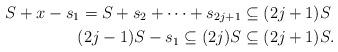
LaTeX: \begin{align*} S + x - s_1 = S + s_2 + \cdots + s_{2j+1} & \subseteq (2j+1)S \\ (2j-1)S - s_1 \subseteq (2j)S & \subseteq (2j+1)S. \end{align*}